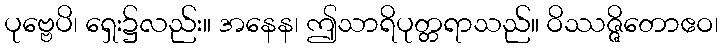
ပုဗ္ဗေပိ၊ ရှေး၌လည်း။ အနေန၊ ဤသာရိပုတ္တရာသည်။ ဝိဿဇ္ဇိတောဧဝ၊